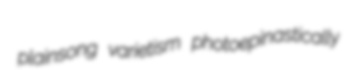
plainsong varietism photoepinastically